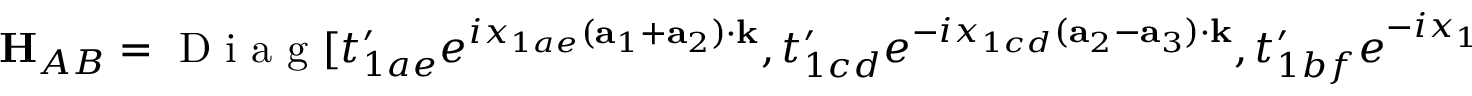
{ \bf H } _ { A B } = \mathrm { ~ D ~ i ~ a ~ g ~ } [ t _ { 1 a e } ^ { \prime } e ^ { i x _ { 1 a e } ( { \bf a } _ { 1 } + { \bf a } _ { 2 } ) \cdot { \bf k } } , t _ { 1 c d } ^ { \prime } e ^ { - i x _ { 1 c d } ( { \bf a } _ { 2 } - { \bf a } _ { 3 } ) \cdot { \bf k } } , t _ { 1 b f } ^ { \prime } e ^ { - i x _ { 1 b f } ( { \bf a } _ { 1 } + { \bf a } _ { 3 } ) \cdot { \bf k } } ] ,